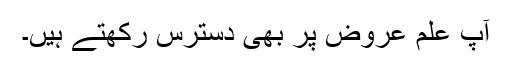
آپ علمِ عروض پر بھی دسترس رکھتے ہیں۔